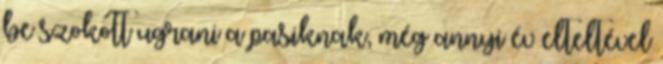
be szokott ugrani a pasiknak, még annyi év elteltével